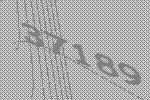
37189